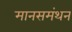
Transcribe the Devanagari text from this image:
मानसमंथन